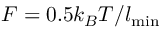
F = 0 . 5 k _ { B } T / l _ { \mathrm { m i n } }